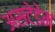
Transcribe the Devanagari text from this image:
असटेडेम